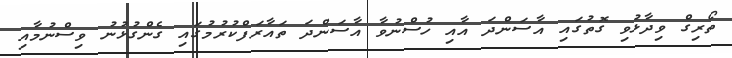
ތޯރިގް ވިދާޅުވި ގޮތުގައި އާސަންދަ އާއި ހުސްނުވާ އާސަންދަ ތައާރަފްކުރުމުގައި ގެންގުޅުނު ވިސްނުމާއި